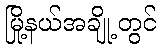
မြို့နယ်အချို့တွင်